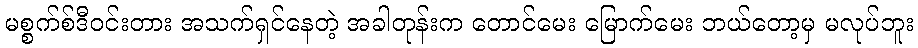
မစ္စက်စ်ဒီဝင်းတား အသက်ရှင်နေတဲ့ အခါတုန်းက တောင်မေး မြောက်မေး ဘယ်တော့မှ မလုပ်ဘူး